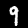
Label: 9